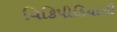
વિકિપીડિયાની